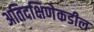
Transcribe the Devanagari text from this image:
अतिदक्षिणेकडील